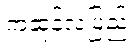
ကဆုန်လပြည့်